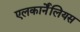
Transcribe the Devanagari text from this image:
एलकार्नेंलियस